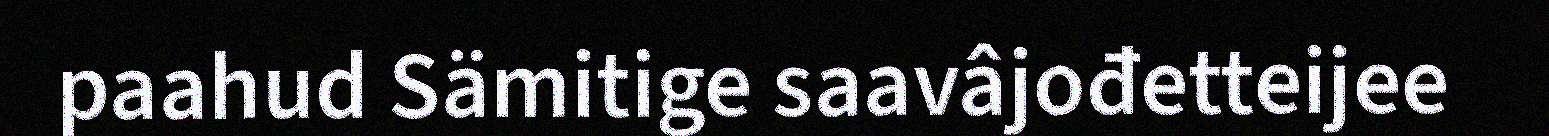
paahud Sämitige saavâjođetteijee